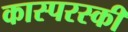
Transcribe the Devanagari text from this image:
कास्परस्की